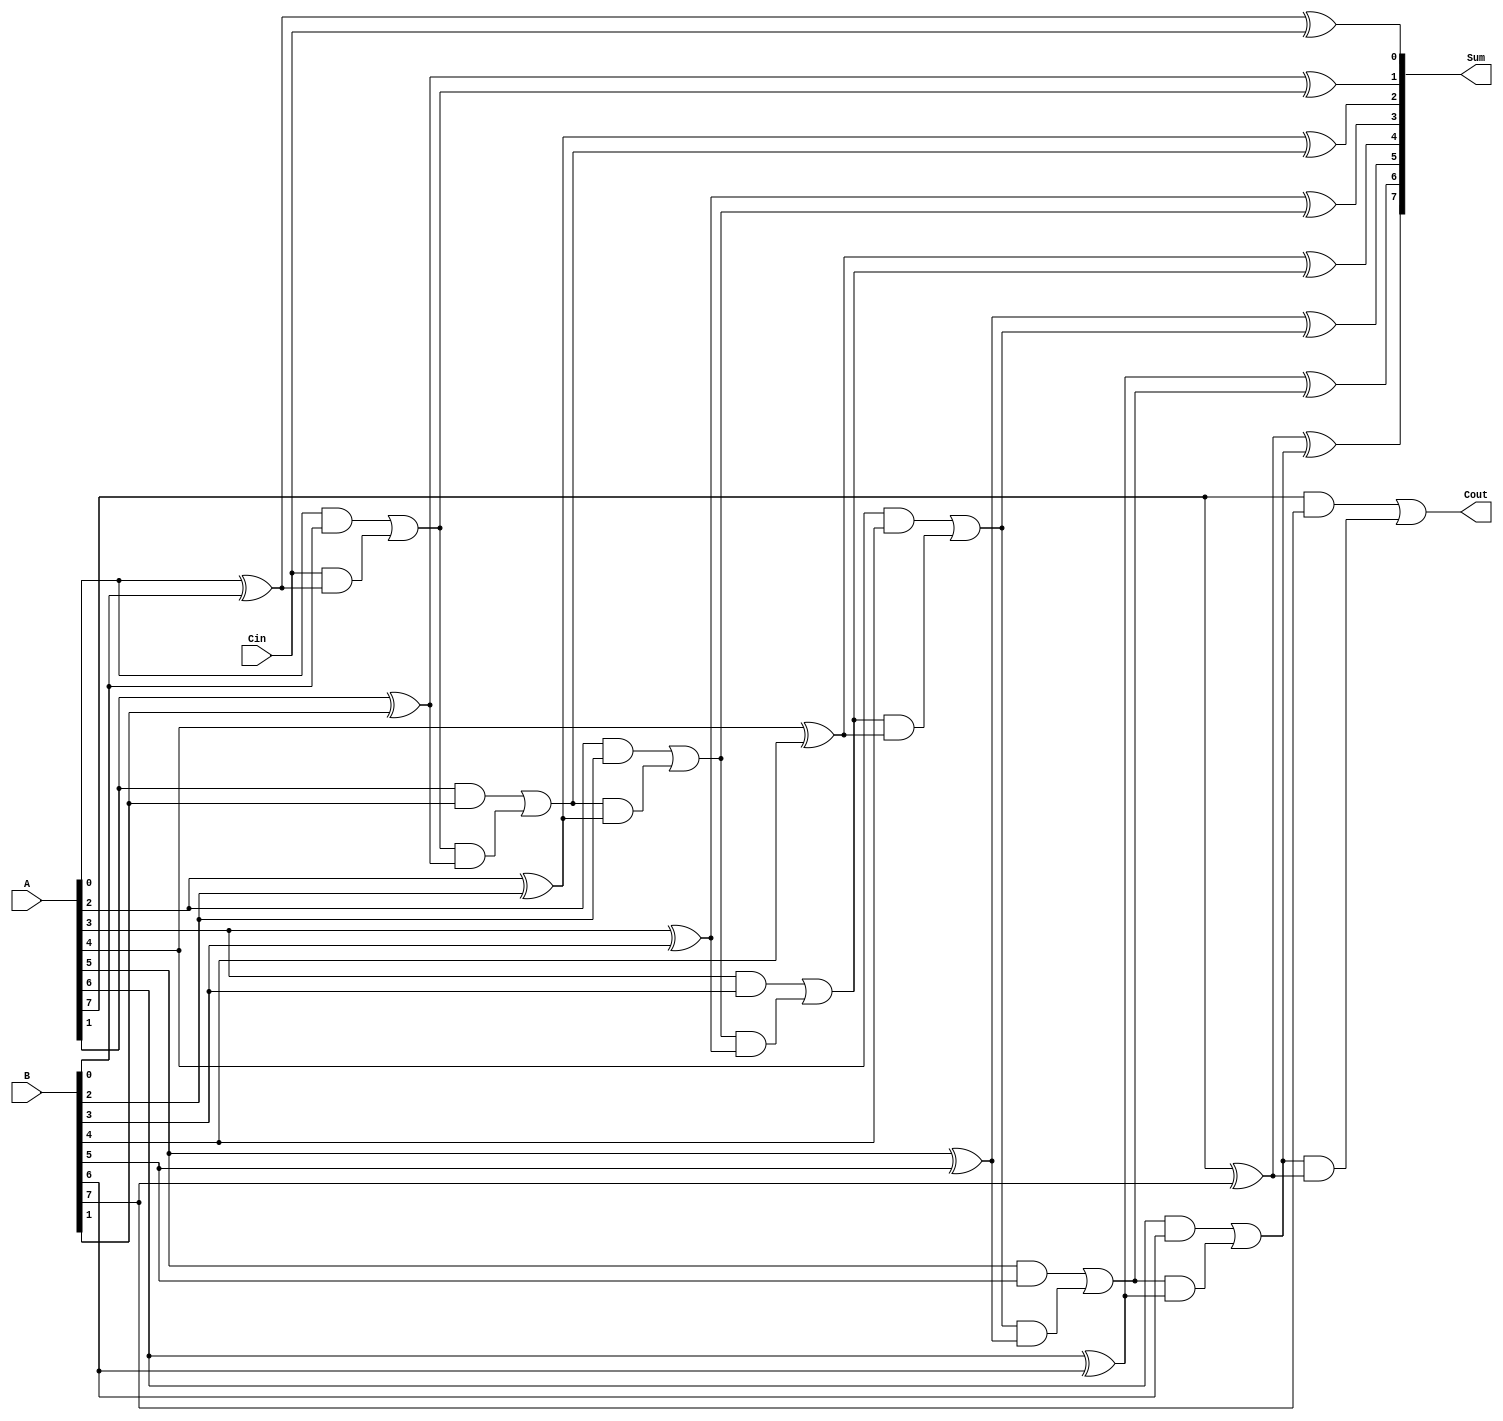
module ManchesterCarryChainAdder #(
    parameter N = 8  // Default width of the adder
)(
    input  wire [N-1:0] A,     // First n-bit input
    input  wire [N-1:0] B,     // Second n-bit input
    input  wire Cin,            // Carry-in signal
    output wire [N-1:0] Sum,    // n-bit sum output
    output wire Cout            // Carry-out signal
);

    wire [N:0] carry; // Carry signals from each bit

    // Initial carry is the carry-in
    assign carry[0] = Cin;

    // Generate carry and sum for each bit
    genvar i;
    generate
        for (i = 0; i < N; i = i + 1) begin : adder
            // Carry generation
            assign carry[i + 1] = (A[i] & B[i]) | (carry[i] & (A[i] ^ B[i]));
            // Sum calculation
            assign Sum[i] = A[i] ^ B[i] ^ carry[i];
        end
    endgenerate

    // Final carry out
    assign Cout = carry[N];

endmodule